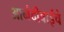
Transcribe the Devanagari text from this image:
आनंदीबाईचे